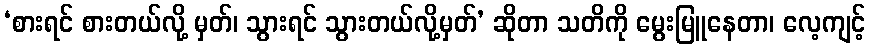
‘စားရင် စားတယ်လို့ မှတ်၊ သွားရင် သွားတယ်လို့မှတ်’ ဆိုတာ သတိကို မွေးမြူနေတာ၊ လေ့ကျင့်